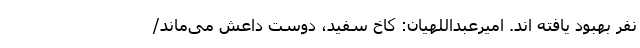
نفر بهبود یافته اند. امیرعبداللهیان: کاخ سفید، دوست داعش می‌ماند/